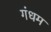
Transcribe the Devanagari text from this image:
गंधम